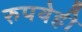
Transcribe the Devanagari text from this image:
रुपयेही